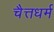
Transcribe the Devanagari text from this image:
चैत्तधर्म